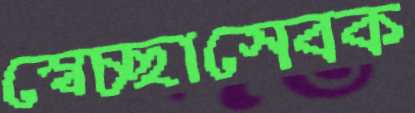
স্বেচ্ছাসেবক